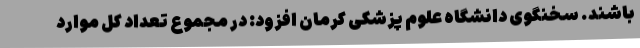
باشند. سخنگوی دانشگاه علوم پزشکی کرمان افزود: در مجموع تعداد کل موارد